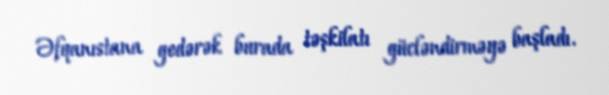
Əfqanıstana gedərək burada təşkilatı gücləndirməyə başladı.